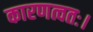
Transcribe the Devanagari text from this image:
कारणत्वतः।